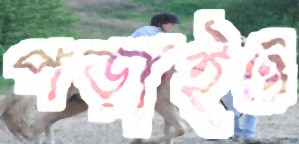
পড়াইও